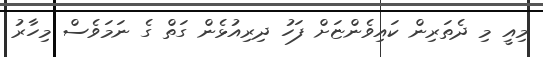
މިއީ މި ދެތަރިން ކައިވެންޏަށް ފަހު ދިރިއުޅެން ގަތް ގެ ނަމަވެސް މިހާރު